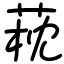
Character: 萙